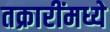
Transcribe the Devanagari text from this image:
तक्रारींमध्ये